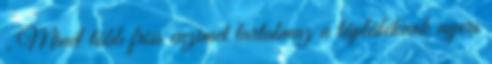
. Minél több friss enzimet tartalmaz a táplálékunk nyers